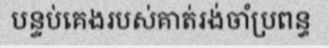
បន្ទប់គេងរបស់គាត់រង់ចាំប្រពន្ធ